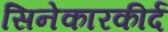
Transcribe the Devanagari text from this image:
सिनेकारकीर्द